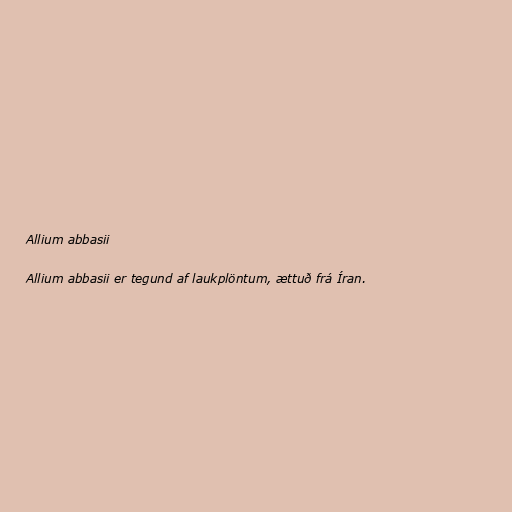
Allium abbasii

Allium abbasii er tegund af laukplöntum, ættuð frá Íran.